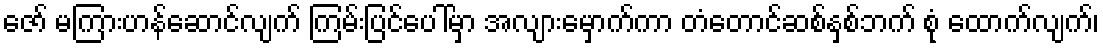
ဇော် မကြားဟန်ဆောင်လျက် ကြမ်းပြင်ပေါ်မှာ အလျားမှောက်ကာ တံတောင်ဆစ်နှစ်ဘက် စုံ ထောက်လျက်၊